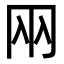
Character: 㒳